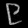
Digit: ၉